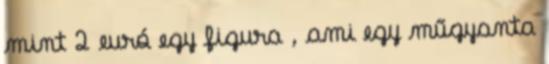
mint 2 euró egy figura , ami egy műgyanta